Regulations for the medical services of the Army of India
Year: 1930
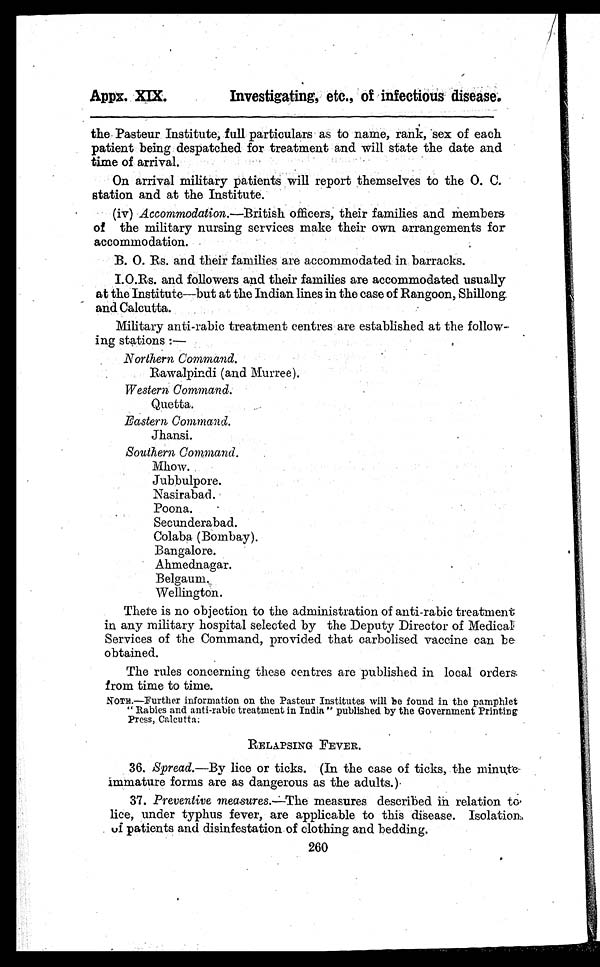
Appx. XIX.
Investigating, etc., of infectious disease.
the Pasteur Institute, full particulars as to name, rank, sex of each
patient being despatched for treatment and will state the date and
time of arrival.
On arrival military patients will report themselves to the O. C.
station and at the Institute.
(iv) Accommodation.—British officers, their families and members
of the military nursing services make their own arrangements for
accommodation.
B. O. Rs. and their families are accommodated in barracks.
I.O.Rs. and followers and their families are accommodated usually
at the Institute—but at the Indian lines in the case of Rangoon, Shillong
and Calcutta.
Military anti-rabic treatment centres are established at the follow-
ing stations :
—
Northern Command.
Rawalpindi (and Murree)
.
Western Command.
Quetta.
Eastern Command.
Jhansi.
Southern Command.
Mhow.
Jubbulpore.
N a s i r a b a d .
P o o n a .
Secunderabad.
Colaba(Bombay).
Bangalore.
Belgaum.
Wellington.
There is no objection to the administration of anti-rabic treatment
in any military hospital selected by the Deputy Director of Medical
Services of the Command, provided that carbolised vaccine can be
obtained.
The rules concerning these centres are published in local orders
from time to time.
N O T E . — F u r t h e r i n f o r m a t i o n o n t h e P a s t e u r I n s t i t u t e s w i l l b e f o u n d i n t h e p a m p h l e t "Rabies and anti-rabic treatment in India" published by the Government Printing
Press, Calcutta.
RELAPSING FEVER.
36.Spread.—By lice or ticks. (In the case of ticks, the minute
immature forms are as dangerous as the adults.)
37.Preventive measures.—The measures described in relation to
lice, under typhus fever, are applicable to this disease. Isolation
of patients and disinfestation of clothing and bedding.
260